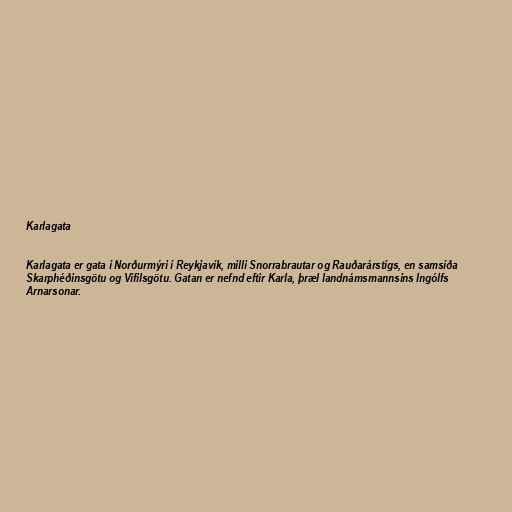
Karlagata

Karlagata er gata í Norðurmýri í Reykjavík, milli Snorrabrautar og Rauðarárstígs, en samsíða
Skarphéðinsgötu og Vífilsgötu. Gatan er nefnd eftir Karla, þræl landnámsmannsins Ingólfs
Arnarsonar.